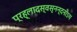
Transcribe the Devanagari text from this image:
प्रह्लादस्वसृनन्दनोऽथ